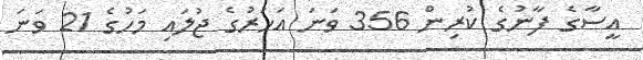
އީސާގެ ފާނުގެ ކުރިން 356 ވަނަ އަހަރުގެ ޖުލައި މަހުގެ 21 ވަނަ